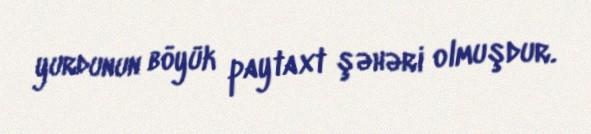
yurdunun böyük paytaxt şəhəri olmuşdur.